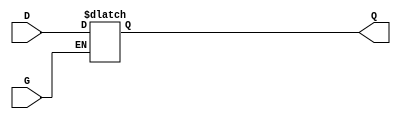
module GatedTransparentLatch (
    input wire D,      // Data Input
    input wire G,      // Gate/Control Input
    output reg Q       // Output
);

// Always block that triggers on changes to D or G
always @(*) begin
    if (G) begin
        Q = D; // When G is high, output follows the input
    end else begin
        // When G is low, output retains its last value
        Q = Q; // This line is optional and can be omitted
    end
end

endmodule